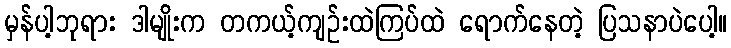
မှန်ပါ့ဘုရား ဒါမျိုးက တကယ့်ကျဉ်းထဲကြပ်ထဲ ရောက်နေတဲ့ ပြသနာပဲပေါ့။